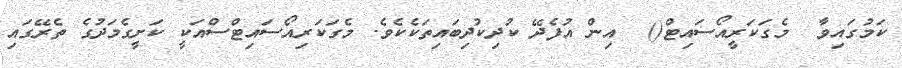
ކަމުގައިވާ  މެގަކަރީއޯސައިޓް()  އިން އުފެދޭ ކުދިކުދިބައިތަކެކެވެ. މެގަކަރިއޯސައިޓްސްއަކީ ކަށީގެމަދުގެ ތެރޭގައި